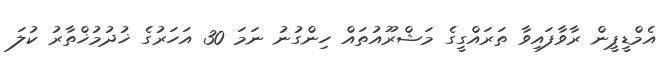
އެމްޑީޕީން ރާވާފައިވާ ތަރައްގީގެ މަޝްރޫއުތައް ހިންގުނު ނަމަ 30 އަހަރުގެ ޚުދުމުޚްތާރު ކުލަ